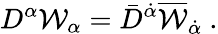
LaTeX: D^{\alpha}\mathcal{W}_{\alpha}=\bar{{D}}^{\dot{{\alpha}}}\overline{{{\mathcal{W}}}}_{\dot{{\alpha}}}~.